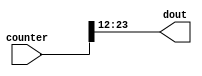
module wvf_toothsaw #(
    parameter COUNTER_WIDTH = 24,
    parameter OUTPUT_WIDTH = 12
) (
    input [COUNTER_WIDTH-1:0] counter,
    output wire [OUTPUT_WIDTH-1:0] dout
);

    assign dout = counter[COUNTER_WIDTH-1 -: OUTPUT_WIDTH];
    
endmodule